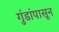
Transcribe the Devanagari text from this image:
गुंडांपासून